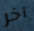
آخر